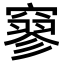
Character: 𥧯